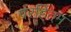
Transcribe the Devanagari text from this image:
परहितम्